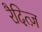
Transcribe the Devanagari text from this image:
रैदित्ज़